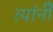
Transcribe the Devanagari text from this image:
त्यांनीेे